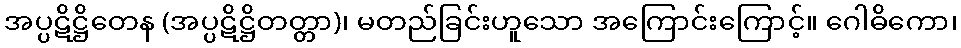
အပ္ပဋိဋ္ဌိတေန (အပ္ပဋိဋ္ဌိတတ္တာ)၊ မတည်ခြင်းဟူသော အကြောင်းကြောင့်။ ဂေါဓိကော၊